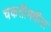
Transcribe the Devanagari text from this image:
चकतीमधील